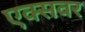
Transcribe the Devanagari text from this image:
एक्सवर